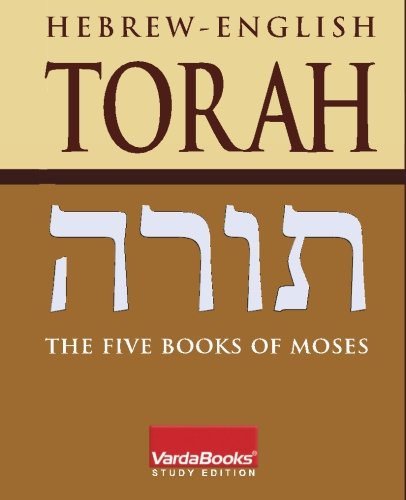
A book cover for Hebrew-English Torah: the Five Books of Moses (Hebrew Edition); Varda Books; Religion & Spirituality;